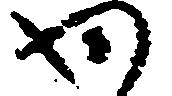
わ